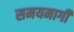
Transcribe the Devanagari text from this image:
समयमार्गी